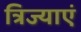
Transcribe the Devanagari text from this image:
त्रिज्याएं